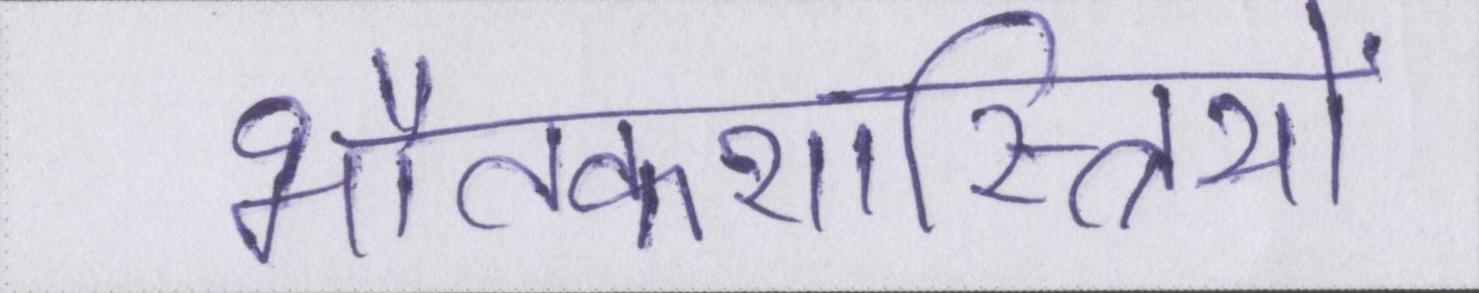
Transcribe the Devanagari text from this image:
भौतकशास्त्रियों